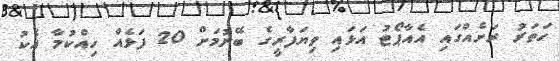
ހަތަރު ރަށެއްގައި އެއާޕޯޓު އަޅައި ވިޔަފާރީގެ ބޭނުމަށް 20 ފަޅެއް ހިއްކުމާ އެކު